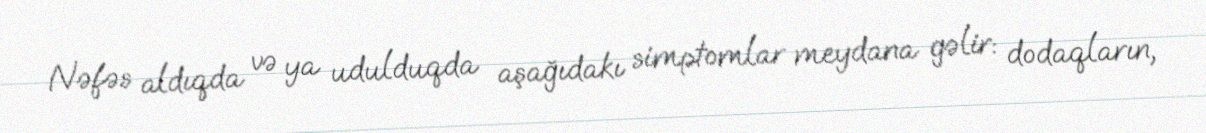
Nəfəs aldıqda və ya udulduqda aşağıdakı simptomlar meydana gəlir: dodaqların,